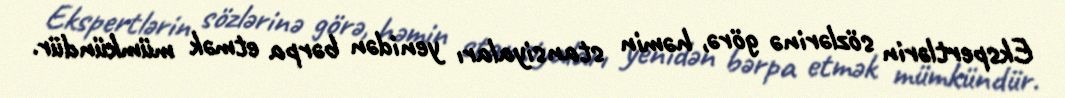
Ekspertlərin sözlərinə görə, həmin stansiyaları yenidən bərpa etmək mümkündür.